Report on the cultivation and use of ganja
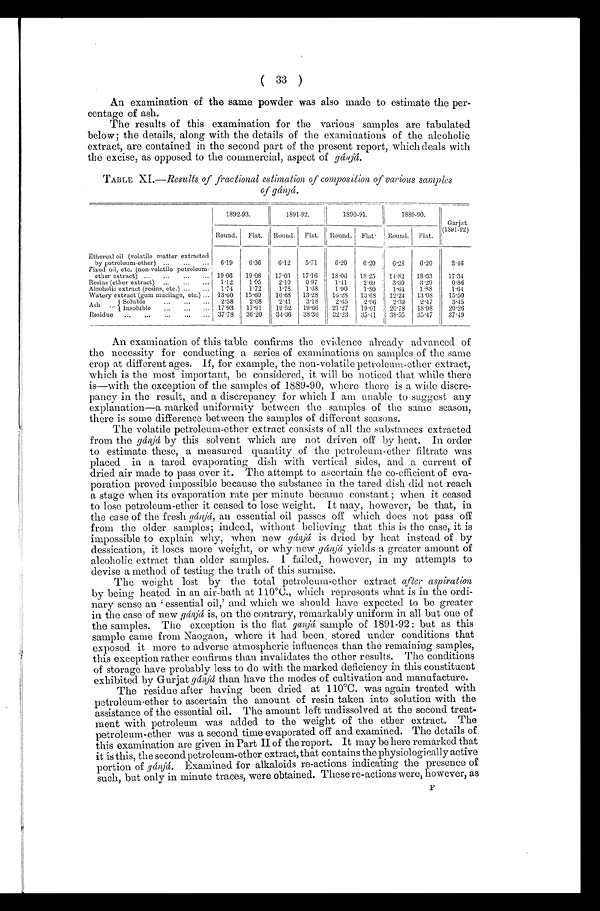
( 33 )
An examination of the same powder was also made to estimate the per-
centage of ash.
The results of this examination for the various samples are tabulated
below; the details, along with the details of the examinations of the alcoholic
extract, are contained in the second part of the present report, which deals with
the excise, as opposed to the commercial, aspect of gánjá.
TABLE XI.—Results of fractional estimation of composition of various samples
of gánjá.
1892-93.
1891-92.
1890-91.
1889-90.
Garjat
(1891-92)
Round.
Flat.
Round. Flat. Round. Flat • Round. Flat.
Ethereal oil (volatile matter extracted
by petroleum-ether) . . . 6.19
6.36
6.12
5.71
6.20
6.20
6.28
6.20
3.46
Fixed oil, etc. (non-volatile petroleum-
ether extract) . . . 19.06
19.08
17.03
17.16
18.06
18.25
14.82
18.63
17.34
Resins (ether extract) . . . 1.12
1.05
2.10
0.97
1.41
2.69
3 .30
3.29
0.86
Alcoholic extract (resins, etc.) . . .
1.74
1.72
1.78
1.68
1.90
1.80
1.64
1.88
1.64
Watery extract (gum mucilage, etc.). . . 13.60
15.60
16.68
13.28
16.28
13.68
12.24
13.08
15.50
Ash ... Soluble . . . 2.58
2.08
2.41
3.18
2.65
2.96
2.39
2.47
3.45
Insoluble . . . 17.93
17.91
19.52
19.66
21.27
19.01
20.78
18.98
20.26
Residue . . . 37.78
36.20
31.36
38.36
32.23
35.41
38 .55
35.47
37.49
An examination of this table confirms the evidence already advanced of
the necessity for conducting a series of examinations on samples of the same
crop at different ages. If, for example, the non-volatile petroleum-ether extract,
which is the most important, be considered, it will be noticed that while there
is—with the exception of the samples of 1889-90, where there is a wide discre-
pancy in the result, and a discrepancy for which I am unable to suggest any
explanation—a marked uniformity between the samples of the same season,
there is some difference between the samples of different seasons.
The volatile petroleum-ether extract consists of all the substances extracted
from the gánjá by this solvent which are not driven off by heat. In order
to estimate these, a measured. quantity of the petroleum-ether filtrate was
placed in a tared evaporating dish with vertical sides, and a current of
dried air made to pass over it. The attempt to ascertain the co-efficient of eva-
poration proved impossible because the substance in the tared dish did not reach
a stage when its evaporation rate per minute became constant when it ceased
to lose petroleum-ether it ceased to lose weight. It may, however, be that, in
the case of the fresh gá njá, an essential oil passes off which does not pass off
from the older samples; indeed, without believing that this is the case, it is
impossible to explain why, when new gánjá is dried by heat instead of by
dessication, it loses more weight, or why new gánjá yields a greater amount of
alcoholic extract than older samples. I failed, however, in my attempts to
devise a method of testing the truth of this surmise.
The weight lost by the total petroleum-ether extract after aspiration
by being heated in an air-bath at 110°C., which represents what is in the ordi-
nary sense an essential oil,' and which we should have expected to be greater
in the case of new gánjá is, on the contrary, remarkably uniform in all but one of
the samples. The exception is the flat ganjá sample of 1891-92: but as this
sample came from Naogaon, where it had been stored under conditions that
exposed it more to adverse atmospheric influences than the remaining samples,
this exception rather confirms than invalidates the other results. The conditions
of storage have probably less to do with the marked deficiency in this constituent
exhibited by Gurjat gánjá than have the modes of cultivation and manufacture.
The residue after having been dried at 110°C. was again treated with
petroleum-ether to ascertain the amount of resin taken into solution with the
assistance of the essential oil. The amount left undissolved at the second treat-
ment with petroleum was added to the weight of the ether extract. The
petroleum-ether was a second time evaporated off and examined. The details of
this examination are given in Part II of the report. It may be here remarked that
it is this, the second petroleum-ether extract, that contains the physiologically active
portion of gánjá. Examined for alkaloids re-actions indicating the presence of
such, but only in minute traces, were obtained. These re-actions were, however, as
F